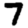
Digit: 7